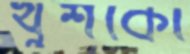
খুশকো